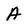
Character: A